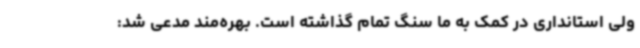
ولی استانداری در کمک به ما سنگ تمام گذاشته است. بهره‌مند مدعی شد: